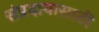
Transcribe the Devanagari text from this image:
संप्रदायासाठी